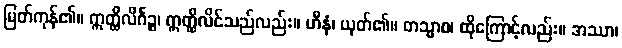
မြတ်ကုန်၏။ ဣတ္ထိလိင်္ဂဉ္စ၊ ဣတ္ထိလိင်သည်လည်း။ ဟီနံ၊ ယုတ်၏။ တသ္မာစ၊ ထိုကြောင့်လည်း။ အဿာ၊